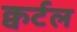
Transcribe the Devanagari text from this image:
क्वर्टल